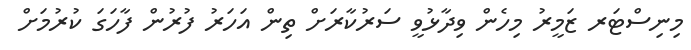
މިނިސްޓަރ ޒަމީރު މިހެން ވިދާޅުވީ ސަރުކާރަށް ތިން އަހަރު ފުރުން ފާހަގަ ކުރުމަށް